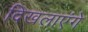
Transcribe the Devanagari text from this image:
दिखलाएंगे